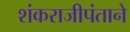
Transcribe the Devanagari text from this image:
शंकराजीपंताने